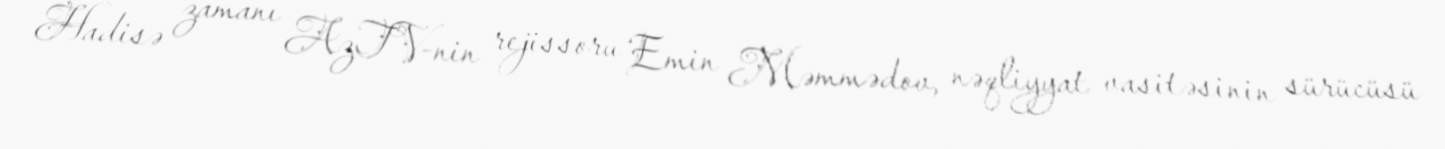
Hadisə zamanı AzTV-nin rejissoru Emin Məmmədov, nəqliyyat vasitəsinin sürücüsü